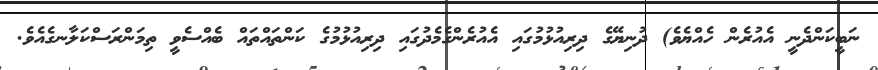
ނަބީކަންދެނީ އެއުރެން ހެއްޔެވެ) ދުނިޔޭގެ ދިރިއުޅުމުގައި އެއުރެންގެމެދުގައި ދިރިއުޅުމުގެ ކަންތައްތައް ބެއްސެވީ ތިމަންރަސްކަލާނގެއެވެ.